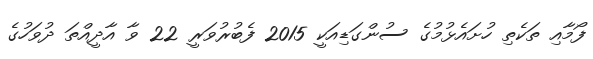
ފޯމާއި ތަކެތި ހުށައެޅުމުގެ ސުންގަޑިއަކީ 2015 ފެބުރުވަރީ 22 ވާ އާދީއްތަ ދުވަހުގެ